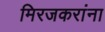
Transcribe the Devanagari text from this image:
मिरजकरांना